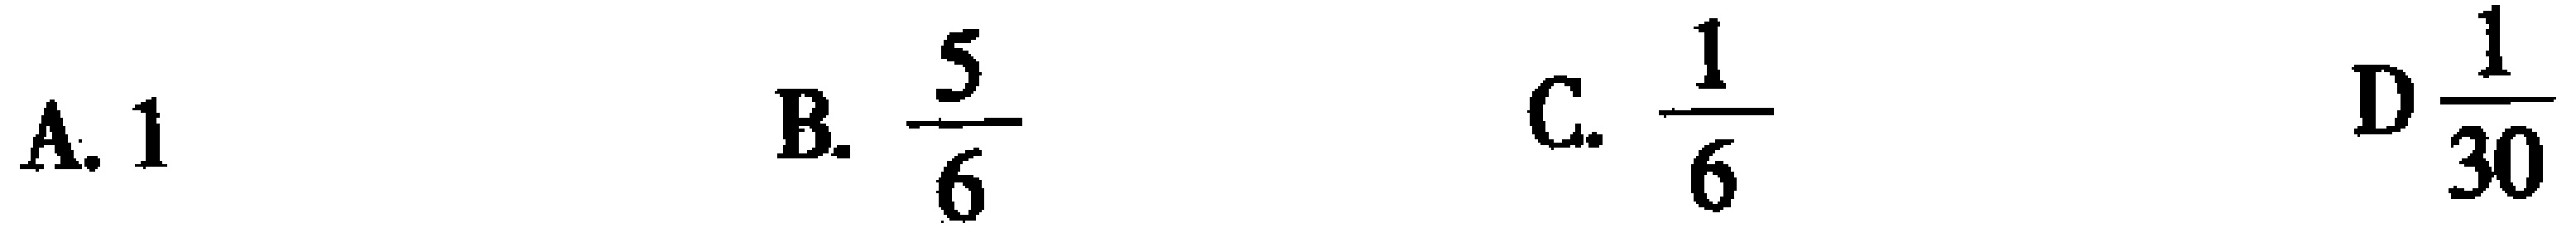
A. $1$  B. $\frac{5}{6}$  C. $\frac{1}{6}$  D $\frac{1}{30}$